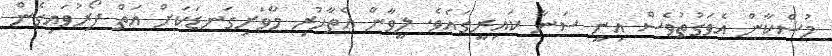
މުސްކާން އެވަގުތުވެސް އިނީ ސަނާ ކައިރީގައެވެ. ލީވާން އެތާހުރި މާވަށިގަނޑަކަށް އަތް ފޯރުވައިގެން